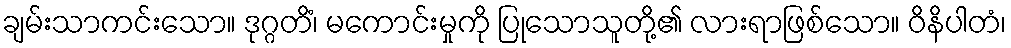
ချမ်းသာကင်းသော။ ဒုဂ္ဂတိံ၊ မကောင်းမှုကို ပြုသောသူတို့၏ လားရာဖြစ်သော။ ဝိနိပါတံ၊